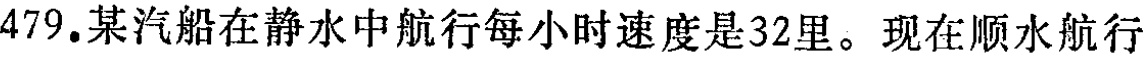
479.某汽船在静水中航行每小时速度是32里。现在顺水航行